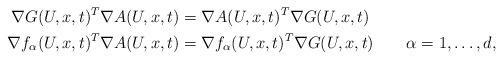
LaTeX: \begin{align*}\nabla G(U,x,t)^T\nabla A(U,x,t)&=\nabla A(U,x,t)^T\nabla G(U,x,t)\\\nabla f_\alpha(U,x,t)^T\nabla A(U,x,t)&=\nabla f_\alpha(U,x,t)^T\nabla G(U,x,t)\qquad\alpha=1,\dots,d,\end{align*}